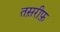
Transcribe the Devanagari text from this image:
तस़रीफ़